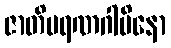
ဇာတိမရဏဂါမိနော